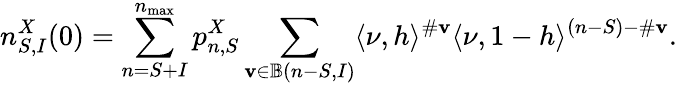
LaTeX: n_{S,I}^{X}(0)=\sum_{n=S+I}^{n_{\operatorname*{max}}}p_{n,S}^{X}\sum_{\mathbf{v}\in\mathbb{B}(n-S,I)}\langle\nu,h\rangle^{\# \mathbf{v}}\langle\nu,1-h\rangle^{(n-S)-\# \mathbf{v}}.